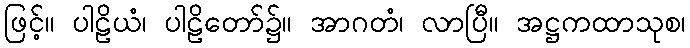
ဖြင့်။ ပါဠိယံ၊ ပါဠိတော်၌။ အာဂတံ၊ လာပြီ။ အဋ္ဌကထာသုစ၊